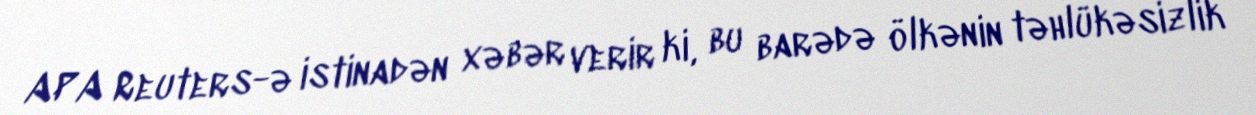
APA Reuters-ə istinadən xəbər verir ki, bu barədə ölkənin təhlükəsizlik